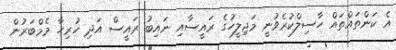
އެ ކަންތައްތައް ހާސިލްކުރެވުނީ މަޖިލީހުގެ ރައީސާއި ނައިބު ރައީސް އަދި ހުރިހާ މެމްބަރުން